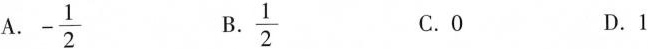
A.- \frac{1}{2} B.\frac{1}{2} C.O D.1